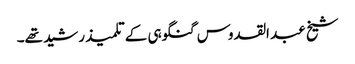
شیخ عبد القدوس گنگوہی کے تلمیذ رشید تھے۔